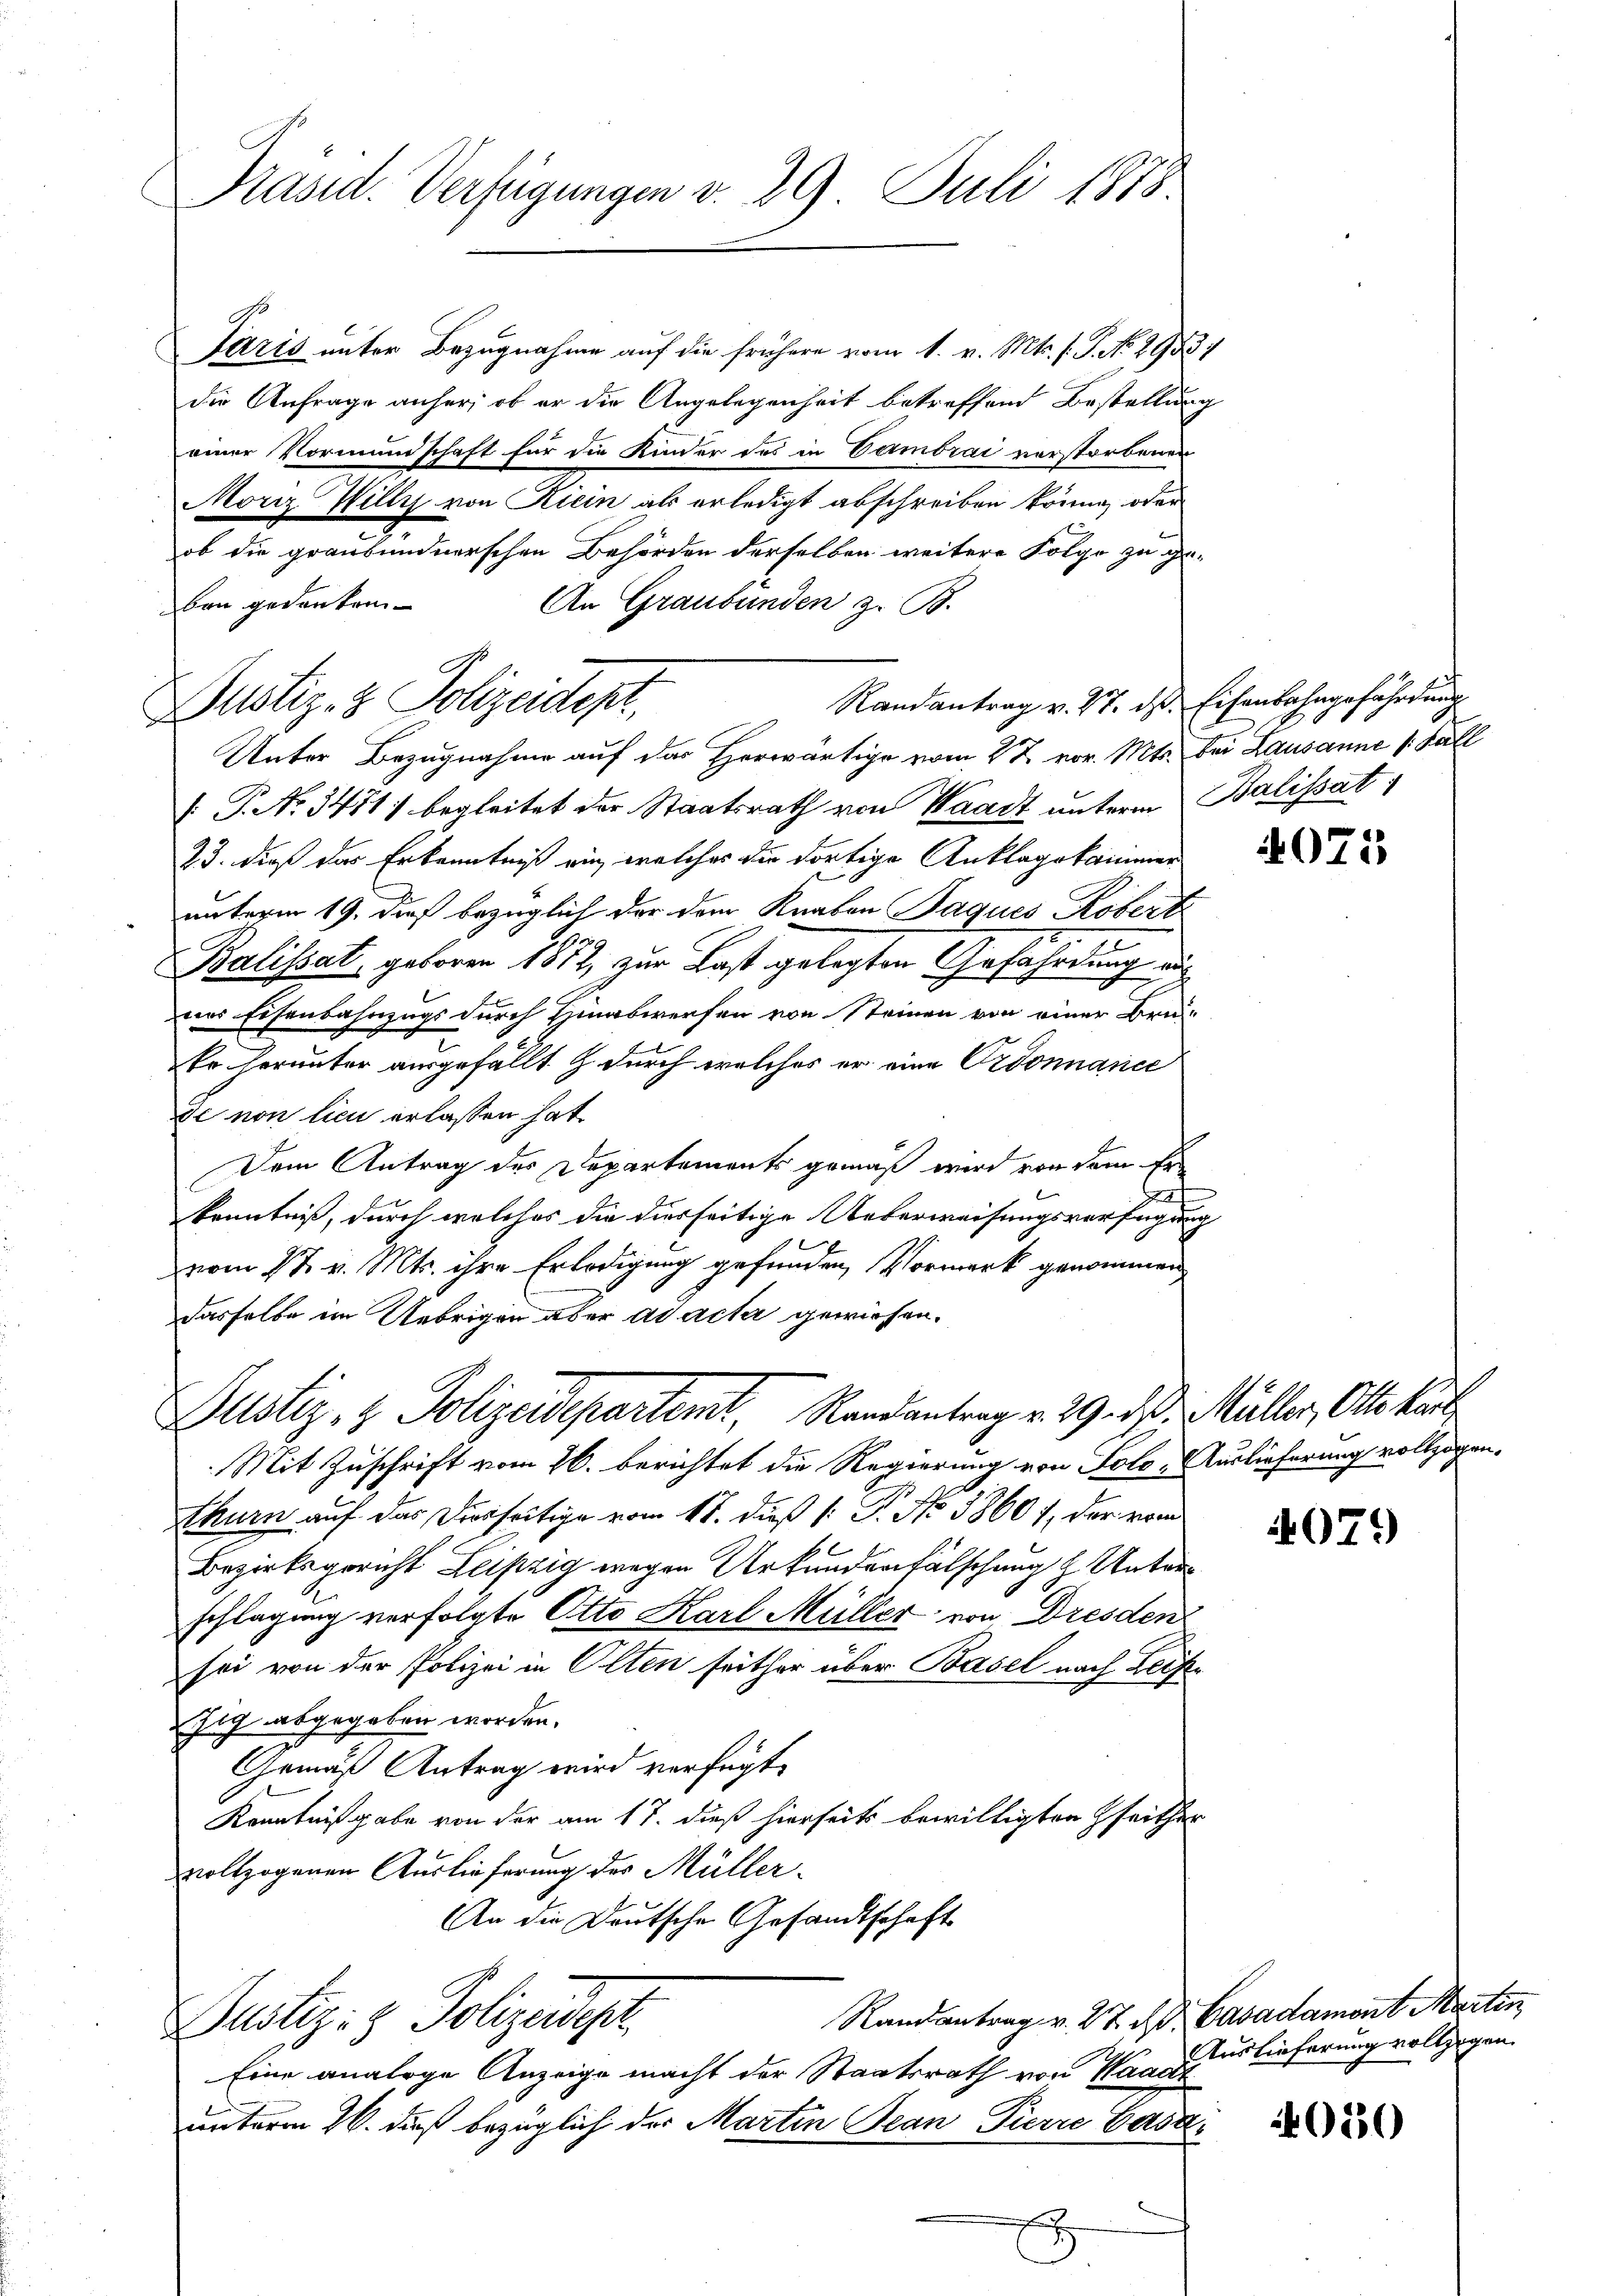
Präsid. Verfügungen v. 29 Juli 1878

Paris unter Bezugnahme auf die frühere vom 1. v. Mts. f. P. No 29437
die Anfrage anher, ob er die Angelegenheit betreffend Bestellung
einer Vormundschaft für die Kinder des in Vermbrac verstorbenen
Moriz Willy von Kiein als erledigt abschreiben könne, oder
ob die graubündnerschen Behörden derselben weitere Folge zu ge-
An Graubünden z. B.
ben gedanken.

Randantrag v. 17. ds Eisenbahngefährdung
ustiz- & Polizeidest.
Unter Bezugnahme auf das Herwärtige vom 27. vor. Mts. bei Lausanne (Kall

Justiz- & Polizeidepartemt, Randantrag v. 29. d. d. Müller, Otto kant

P. Nr. 3471) begleitet der Staatsrath von Waadt unterm Balissat
23. dieß das Erkenntniß ein, welches die dortige Anklagskammer
unterm 19. dieß bezüglich der dem Knaben Jaques Köbert
0
Balissat, geboren 1812, zur Last gelegten Gefährdung auf
nes Eisenbahnzugs durch Hinabwerfen von Steinen von einer Bru-
Er herunter ausgefällt & durch welches er eine Ordonnance
de non lieu erlassen hat
Dem Antrag des Departements gemäß wird von dem Er¬
2
kenntniß, durch welches die diesseitige Ueberweisungsverfügung
vom 1t v. Mts. ihre Erledigung gefunden Vormerk genommen
dasselbe im Uebrigen aber ad acta gewiesen.

Mit Zuschrift vom 26. berichtet die Regierung von Solo, Auslieferung vollzogen,
thurn auf das Diesseitige vom 17. dieß (: P. No 58601, der vom
Bezirksgericht Leipzig wegen Urkundenfälschung & Unterschlagung verfolgte Otto Karl Müller von Dresden
sei von der Polizei in Olten seither über Basel nach Leiste
fig abgegeben worden.
Gemäß Antrag wird verfügt,
Kenntnißgabe von der am 17. dieß hierseits bewilligten Zeither
vollzogenen Auslieferung der Müller¬
An die Deutsche Gesandtschaft
Randantrag v. 27. d. Cavadament Martin
Justiz- & Polizeidest
Eine analoge Anzeige macht der Staatsrath von Hanauslieferung vollzogen.
unterm 26. daß bezüglich der Martin Jean Pierre Gasa
.

4075

4079

050